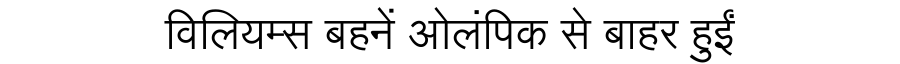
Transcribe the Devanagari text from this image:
विलियम्स बहनें ओलंपिक से बाहर हुईं